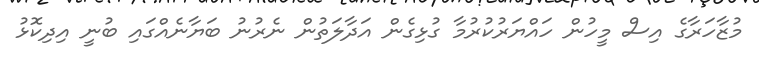
މުޒާހަރާގެ އިސް މީހުން ހައްޔަރުކުރުމާ ގުޅިގެން އަދާލަތުން ނެރުނު ބަޔާނެއްގައި ބުނީ އިދިކޮޅު